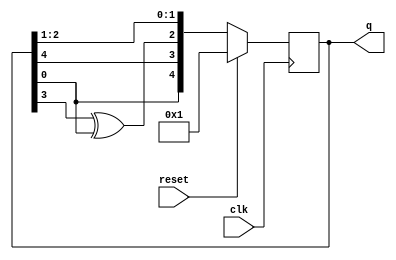
module top_module(
    input clk,
    input reset,    // Active-high synchronous reset to 5'h1
    output [4:0] q
); 
    reg [4:0]d;
    assign d[4:0] = {q[0], q[4], q[3]^q[0], q[2], q[1]};
    always @(posedge clk) begin
        if(reset) q<=5'h1;
        else q<=d;
    end
endmodule